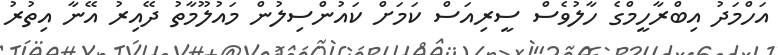
އަހްމަދު އިބްރާހީމްގެ ހާލުވެސް ސީރިއަސް ކަމަށް ކައުންސިލުން މައުލޫމާތު ދޭއިރު އޭނާ އިތުރު